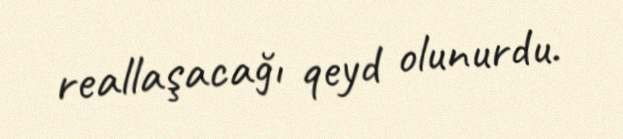
reallaşacağı qeyd olunurdu.